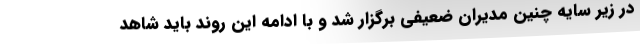
در زیر سایه چنین مدیران ضعیفی برگزار شد و با ادامه این روند باید شاهد